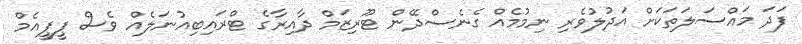
ފަދަ މައްސަލަތަކަށް އަދުލުވެރި ނިމުމެއް ގެނެސްދޭން ޓޫރިޒަމް ދާއިރާގެ ޓްރައިބިއުނަލެއް ވެސް ޕީޕީއެމް